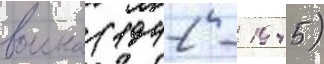
воина (1942 - 1945)